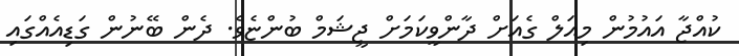
ކުއްޖާ އައުމުން މިއަލް ގެއަށް ދާންވީކަމަށް ޖީޝަމް ބުންޏެވެ. ދެން ބޭނުން ގަޑިއެއްގައި